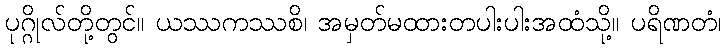
ပုဂ္ဂိုလ်တို့တွင်။ ယဿကဿစိ၊ အမှတ်မထားတပါးပါးအထံသို့။ ပရိဏတံ၊